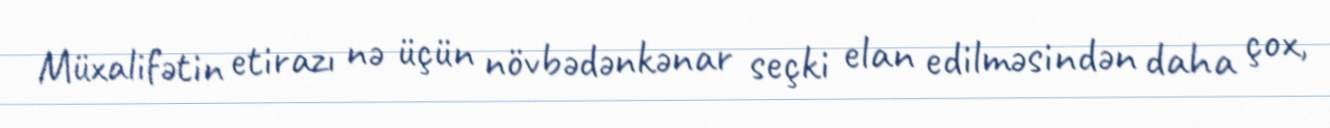
Müxalifətin etirazı nə üçün növbədənkənar seçki elan edilməsindən daha çox,